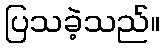
ပြသခဲ့သည်။